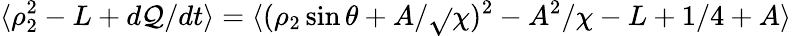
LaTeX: \langle\rho_{2}^{2}-L+d\mathcal{Q}/dt\rangle=\langle(\rho_{2}\sin\theta+A/\sqrt{}{{\chi}})^{2}-A^{2}/\chi-L+1/4+A\rangle